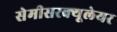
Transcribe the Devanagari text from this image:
सेमीसरक्यूलेयर